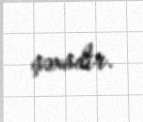
şəxsdir.